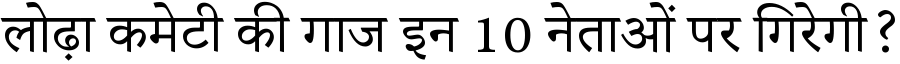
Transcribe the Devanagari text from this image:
लोढ़ा कमेटी की गाज इन 10 नेताओं पर गिरेगी?